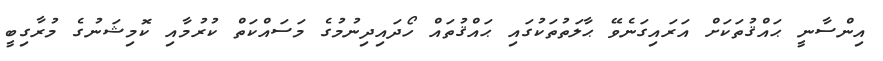
އިންސާނީ ޙައްޤުތަކަށް އަރައިގަނެވޭ ޙާލަތުތަކުގައި ޙައްޤުތައް ހޯދައިދިނުމުގެ މަސައްކަތް ކުރުމާއި ކޮމިޝަނުގެ މުރާގިބީ